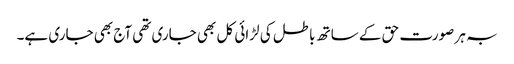
بہ ہر صورت حق کے ساتھ باطل کی لڑائی کل بھی جاری تھی آج بھی جاری ہے۔